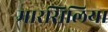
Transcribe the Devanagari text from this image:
मारसिलिया